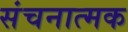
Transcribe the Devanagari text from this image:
संचनात्‍मक